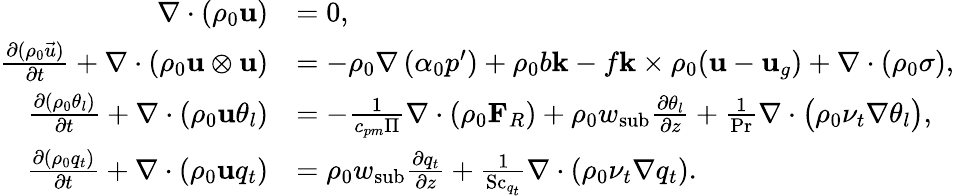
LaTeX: \begin{array}{rl}{\nabla\cdot(\rho_{0}\mathbf{u})}&{=0,}\\ {\frac{\partial(\rho_{0}\vec{u})}{\partial t}+\nabla\cdot\left(\rho_{0}\mathbf{u}\otimes\mathbf{u}\right)}&{=-\rho_{0}\nabla\left(\alpha_{0}p^{\prime}\right)+\rho_{0}b\mathbf{k}-f\mathbf{k}\times\rho_{0}(\mathbf{u}-\mathbf{u}_{g})+\nabla\cdot(\rho_{0}\mathbf{\sigma}),}\\ {\frac{\partial(\rho_{0}\theta_{l})}{\partial t}+\nabla\cdot\left(\rho_{0}\mathbf{u}\theta_{l}\right)}&{=-\frac{1}{c_{pm}\Pi}\nabla\cdot(\rho_{0}\mathbf{F}_{R})+\rho_{0}w_{\mathrm{sub}}\frac{\partial\theta_{l}}{\partial z}+\frac{1}{\mathrm{Pr}}\nabla\cdot\bigl(\rho_{0}\nu_{t}\nabla\theta_{l}\bigr),}\\ {\frac{\partial(\rho_{0}q_{t})}{\partial t}+\nabla\cdot(\rho_{0}\mathbf{u}q_{t})}&{=\rho_{0}w_{\mathrm{sub}}\frac{\partial q_{t}}{\partial z}+\frac{1}{\mathrm{Sc}_{q_{t}}}\nabla\cdot(\rho_{0}\nu_{t}\nabla q_{t}).}\end{array}